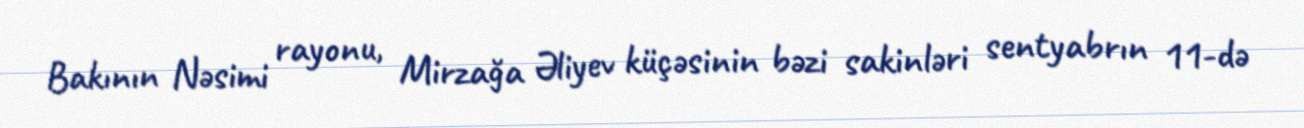
Bakının Nəsimi rayonu, Mirzağa Əliyev küçəsinin bəzi sakinləri sentyabrın 11-də